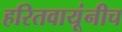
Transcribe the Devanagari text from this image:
हरितवायूंनीच